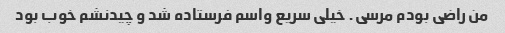
من راضی بودم مرسی. خیلی سریع واسم فرستاده شد و چیدنشم خوب بود